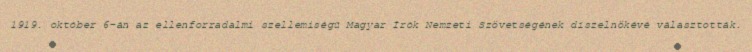
1919. október 6-án az ellenforradalmi szellemiségű Magyar Írók Nemzeti Szövetségének díszelnökévé választották.